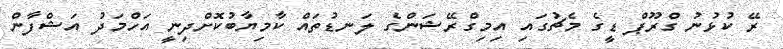
ރޭ ކުޅުނު ގްރޫޕް ޑީގެ މެޗުގައި އިމިގްރޭޝަންގެ ލަނޑުތައް ކާމިޔާބުކޮށްދިނީ އަހްމަދު އަޝްފާން